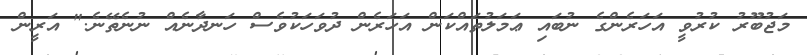
މަޖުބޫރު ކުރުވީ އަހަރެންގެ ނުބައި ޢަމަލުތައްކަން އަހަރެން ދުވަހަކުވެސް ހަނދާނެއް ނުނެތޭނެ." އަރީން